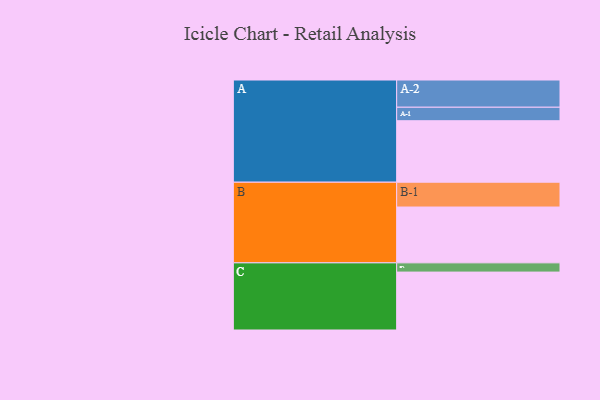
{"axis": {"x": "Segment", "y": "Value"}, "legend": ["", "A", "B", "C"], "data": [{"x": "A", "y": 533, "type": ""}, {"x": "B", "y": 484, "type": ""}, {"x": "C", "y": 502, "type": ""}, {"x": "A-1", "y": 117, "type": "A"}, {"x": "A-2", "y": 236, "type": "A"}, {"x": "B-1", "y": 215, "type": "B"}, {"x": "C-1", "y": 80, "type": "C"}]}